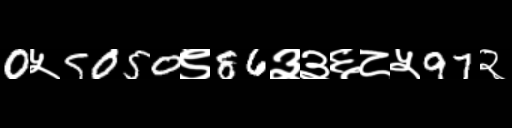
Text: 0५5050९86३३६८५97२